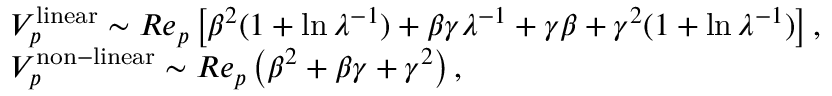
\begin{array} { r l } & { V _ { p } ^ { \mathrm { l i n e a r } } \sim R e _ { p } \left[ \beta ^ { 2 } ( 1 + \ln \lambda ^ { - 1 } ) + \beta \gamma \lambda ^ { - 1 } + \gamma \beta + \gamma ^ { 2 } ( 1 + \ln \lambda ^ { - 1 } ) \right] , } \\ & { V _ { p } ^ { \mathrm { n o n - l i n e a r } } \sim R e _ { p } \left( \beta ^ { 2 } + \beta \gamma + \gamma ^ { 2 } \right) , } \end{array}